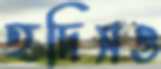
হদিসও